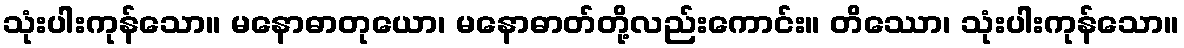
သုံးပါးကုန်သော။ မနောဓာတုယော၊ မနောဓာတ်တို့လည်းကောင်း။ တိဿော၊ သုံးပါးကုန်သော။